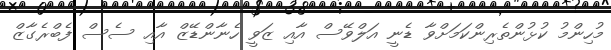
މުހިންމު ކުޅުންތެރިންކަމަށްވާ ޑެނީ އަލްވޭސް އާއި ޒަވީ ހެނާންޑޭޒް އާއި ސެސް ފެބްރެގާޒް